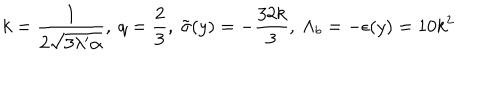
LaTeX: k = \frac { 1 } { 2 \sqrt { 3 \lambda ^ { \prime } \alpha } } , ~ q = \frac { 2 } { 3 } , ~ \tilde { \sigma } ( y ) = - \frac { 3 2 k } { 3 } , ~ \Lambda _ { b } = - \epsilon ( y ) = 1 0 k ^ { 2 }